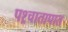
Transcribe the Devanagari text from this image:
पश्र्चातापात